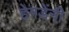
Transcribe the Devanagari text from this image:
हेगडेंनी